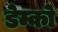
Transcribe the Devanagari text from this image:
डेम्को